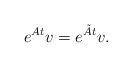
LaTeX: \begin{align*}e^{At} v=e^{\tilde{A} t}v.\end{align*}